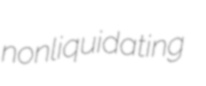
nonliquidating